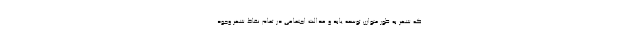
که شهر به طور متوازن توسعه یابد و عدالت اجتماعی در تمام نقاط شهر وجود